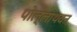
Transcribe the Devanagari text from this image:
पोल्लाथवन